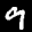
Label: 9